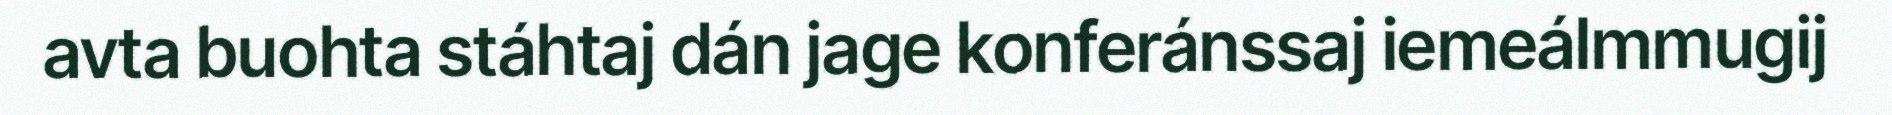
avta buohta stáhtaj dán jage konferánssaj iemeálmmugij